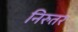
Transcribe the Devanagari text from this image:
निरुतर